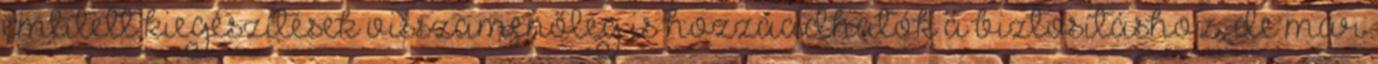
említett kiegészítések visszamenőleg is hozzáadhatók a biztosításhoz, de már